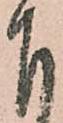
下